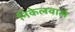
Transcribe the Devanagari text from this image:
निकेलवाले